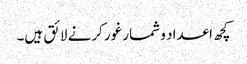
کچھ اعداد و شمار غور کرنے لائق ہیں۔